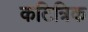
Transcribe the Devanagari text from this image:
कटित्रिक